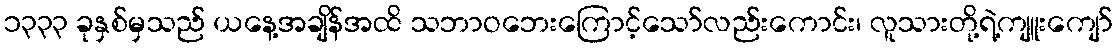
၁၃၃၃ ခုနှစ်မှသည် ယနေ့အချိန်အထိ သဘာဝဘေးကြောင့်သော်လည်းကောင်း၊ လူသားတို့ရဲ့ကျူးကျော်